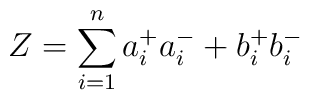
Z = \sum_{i = 1}^n a_i^+ a_i^- + b_i^+ b_i^-